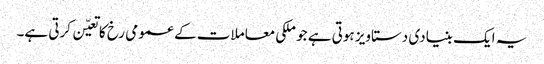
یہ ایک بنیادی دستاویز ہوتی ہے جو ملکی معاملات کے عمومی رخ کا تعیّن کرتی ہے۔